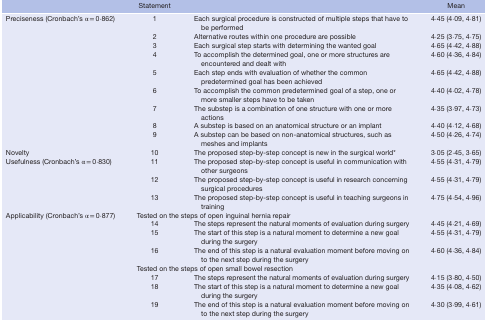
<table><thead><tr><td></td><td><b>Statement</b></td><td></td><td><b>Mean</b></td></tr></thead><tbody><tr><td rowspan="9">Preciseness (Cronbach&#x27;s α = 0·862)</td><td>1</td><td>Each surgical procedure is constructed of multiple steps that have to be performed</td><td>4·45 (4·09, 4·81)</td></tr><tr><td>2</td><td>Alternative routes within one procedure are possible</td><td>4·25 (3·75, 4·75)</td></tr><tr><td>3</td><td>Each surgical step starts with determining the wanted goal</td><td>4·65 (4·42, 4·88)</td></tr><tr><td>4</td><td>To accomplish the determined goal, one or more structures are encountered and dealt with</td><td>4·60 (4·36, 4·84)</td></tr><tr><td>5</td><td>Each step ends with evaluation of whether the common predetermined goal has been achieved</td><td>4·65 (4·42, 4·88)</td></tr><tr><td>6</td><td>To accomplish the common predetermined goal of a step, one or more smaller steps have to be taken</td><td>4·40 (4·02, 4·78)</td></tr><tr><td>7</td><td>The substep is a combination of one structure with one or more actions</td><td>4·35 (3·97, 4·73)</td></tr><tr><td>8</td><td>A substep is based on an anatomical structure or an implant</td><td>4·40 (4·12, 4·68)</td></tr><tr><td>9</td><td>A substep can be based on non‐anatomical structures, such as meshes and implants</td><td>4·50 (4·26, 4·74)</td></tr><tr><td>Novelty</td><td>10</td><td>The proposed step‐by‐step concept is new in the surgical world*</td><td>3·05 (2·45, 3·65)</td></tr><tr><td rowspan="3">Usefulness (Cronbach&#x27;s α = 0·830)</td><td>11</td><td>The proposed step‐by‐step concept is useful in communication with other surgeons</td><td>4·55 (4·31, 4·79)</td></tr><tr><td>12</td><td>The proposed step‐by‐step concept is useful in research concerning surgical procedures</td><td>4·55 (4·31, 4·79)</td></tr><tr><td>13</td><td>The proposed step‐by‐step concept is useful in teaching surgeons in training</td><td>4·75 (4·54, 4·96)</td></tr><tr><td rowspan="8">Applicability (Cronbach&#x27;s α = 0·877)</td><td colspan="2">Tested on the steps of open inguinal hernia repair</td><td></td></tr><tr><td>14</td><td>The steps represent the natural moments of evaluation during surgery</td><td>4·45 (4·21, 4·69)</td></tr><tr><td>15</td><td>The start of this step is a natural moment to determine a new goal during the surgery</td><td>4·55 (4·31, 4·79)</td></tr><tr><td>16</td><td>The end of this step is a natural evaluation moment before moving on to the next step during the surgery</td><td>4·60 (4·36, 4·84)</td></tr><tr><td colspan="2">Tested on the steps of open small bowel resection</td><td></td></tr><tr><td>17</td><td>The steps represent the natural moments of evaluation during surgery</td><td>4·15 (3·80, 4·50)</td></tr><tr><td>18</td><td>The start of this step is a natural moment to determine a new goal during the surgery</td><td>4·35 (4·08, 4·62)</td></tr><tr><td>19</td><td>The end of this step is a natural evaluation moment before moving on to the next step during the surgery</td><td>4·30 (3·99, 4·61)</td></tr></tbody></table>